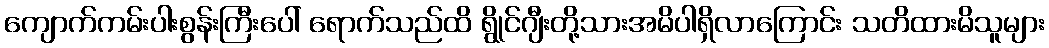
ကျောက်ကမ်းပါးစွန်းကြီးပေါ် ရောက်သည်ထိ ရွိုင်ဂျီးတို့သားအမိပါရှိလာကြောင်း သတိထားမိသူများ